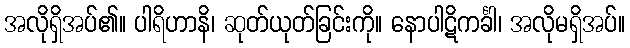
အလိုရှိအပ်၏။ ပါရိဟာနိ၊ ဆုတ်ယုတ်ခြင်းကို။ နောပါဋိကင်္ခါ၊ အလိုမရှိအပ်။